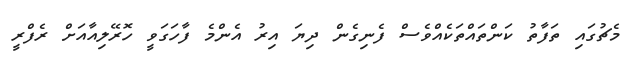
މެޗުގައި ތަފާތު ކަންތައްތަކެއްވެސް ފެނިގެން ދިޔަ އިރު އެންމެ ފާހަގަވީ ހޮރޭލިއާއަށް ރެފްރީ